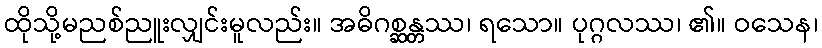
ထိုသို့မညစ်ညူးလျှင်းမူလည်း။ အဓိဂစ္ဆန္တဿ၊ ရသော။ ပုဂ္ဂလဿ၊ ၏။ ဝသေန၊